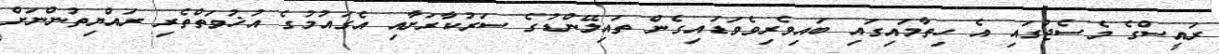
ރައީސްގެ މެސެޖުގައި އެ ހިތާމައިގައި ބައިވެރިވެވަޑައިގެން ތައިލޭންޑުގެ ސަރުކާރަށާއި އެގައުމުގެ އުޚުވަތްތެރި ރައްޔިތުންނަށް